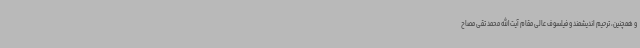
و همچنین، ترحیم اندیشمند و فیلسوف عالی مقام آیت‌الله محمد تقی مصاح